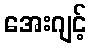
အေးဂျင့်